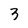
Character: 3